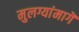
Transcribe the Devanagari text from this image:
मुलग्यांमागॆ